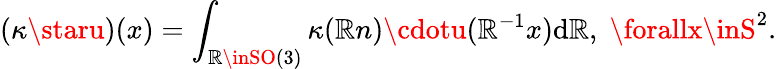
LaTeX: (\kappa\staru)(x)=\int_{\mathbb{R}\inSO(3)}\kappa(\mathbb{R}n)\cdotu(\mathbb{R}^{-1}x)\mathrm{{d}}\mathbb{R},\; \forallx\inS^{2}.